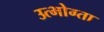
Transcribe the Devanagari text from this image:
उत्भोग्ता